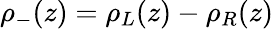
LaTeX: \rho_{-}(z)=\rho_{L}(z)-\rho_{R}(z)